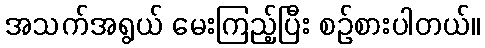
အသက်အရွယ် မေးကြည့်ပြီး စဉ်စားပါတယ်။